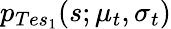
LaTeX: p_{Tes_{1}}(s;\mu_{t},\sigma_{t})